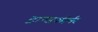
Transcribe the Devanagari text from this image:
ट्रान्सफोर्मर